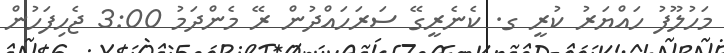
މަހުލޫފު ހައްޔަރު ކުރީ ގ. ކެނެރީގޭ ސަރަހައްދުން ރޭ މެންދަމު 3:00 ޖެހިފަހުން